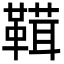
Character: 䩸